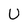
Character: U